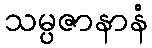
သမ္ပဇာနာနံ